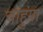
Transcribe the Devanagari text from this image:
चाहुंगा